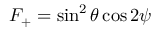
F _ { + } = \sin ^ { 2 } { \theta } \cos { 2 \psi }